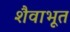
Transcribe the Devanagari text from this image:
शैवाभूत